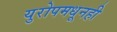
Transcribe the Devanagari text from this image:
युरोपमधूनही